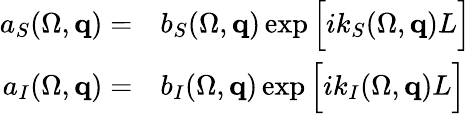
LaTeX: \begin{array}{rl}{a_{S}(\Omega,{\mathbf q})=}&{{}b_{S}(\Omega,{\mathbf q})\exp\Big[ik_{S}(\Omega,{\mathbf q})L\Big]}\\ {a_{I}(\Omega,{\mathbf q})=}&{{}b_{I}(\Omega,{\mathbf q})\exp\Big[ik_{I}(\Omega,{\mathbf q})L\Big]}\end{array}